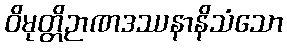
ဝိမုတ္တိဉာဏဒဿနာနိသံသော